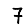
Digit: 7